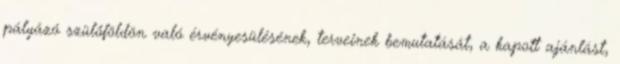
pályázó szülőföldön való érvényesülésének, terveinek bemutatását, a kapott ajánlást,